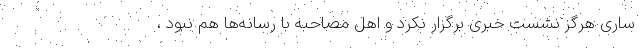
ساری هرگز نشست خبری برگزار نکرد و اهل مصاحبه با رسانه‌ها هم نبود ،